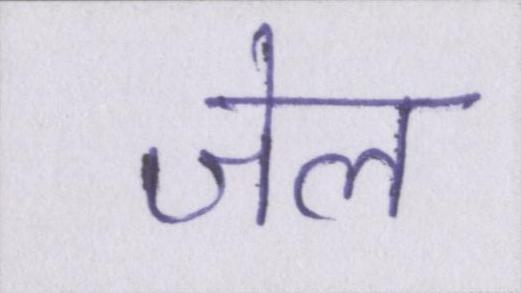
जेल